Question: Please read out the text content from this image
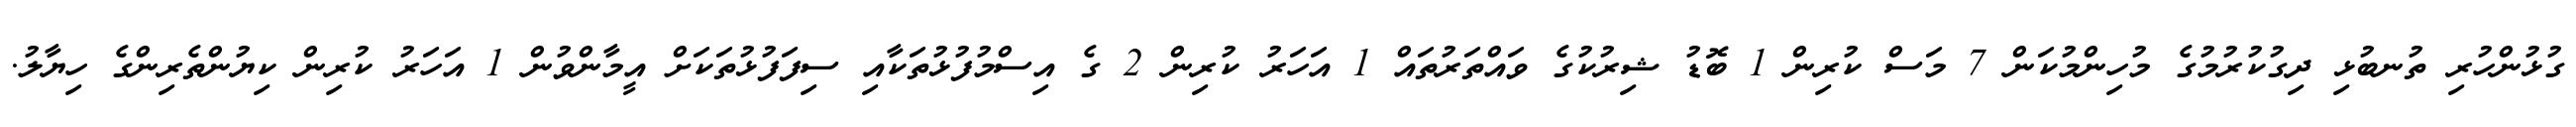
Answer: ގުޅުންހުރި ތުނބުޅި ދިގުކުރުމުގެ މުހިންމުކަން 7 މަސް ކުރިން 1 ބޮޑު ޝިރުކުގެ ވައްތަރުތައް 1 އަހަރު ކުރިން 2 ގެ އިސްމުފުޅުތަކާއި ސިފަފުޅުތަކަށް އީމާންވުން 1 އަހަރު ކުރިން ކިޔުންތެރިންގެ ހިޔާލު.